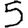
Digit: 5